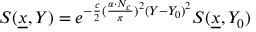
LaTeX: S ( { \underline { { x } } } , Y ) = e ^ { - { \frac { c } { 2 } } ( { \frac { \alpha \cdot N _ { c } } { \pi } } ) ^ { 2 } ( Y - Y _ { 0 } ) ^ { 2 } } S ( { \underline { { x } } } , Y _ { 0 } )